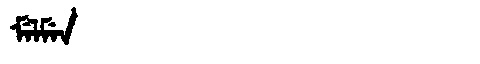
Manchu: ᠮᡝᠯᠮᡝᠨ
Romanization: MELMEN